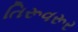
તિરૂવરૂર